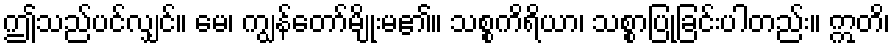
ဤသည်ပင်လျှင်။ မေ၊ ကျွန်တော်မျိုးမ၏။ သစ္စကိရိယာ၊ သစ္စာပြုခြင်းပါတည်း။ ဣတိ၊